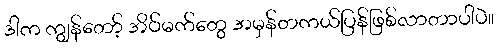
ဒါက ကျွန်တော့် အိပ်မက်တွေ အမှန်တကယ်ပြန်ဖြစ်လာတာပါပဲ။